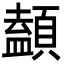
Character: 䫦